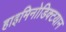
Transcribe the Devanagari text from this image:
हाइमिनोडिक्टयान